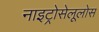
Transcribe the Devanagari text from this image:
नाइट्रोसेलूलोस